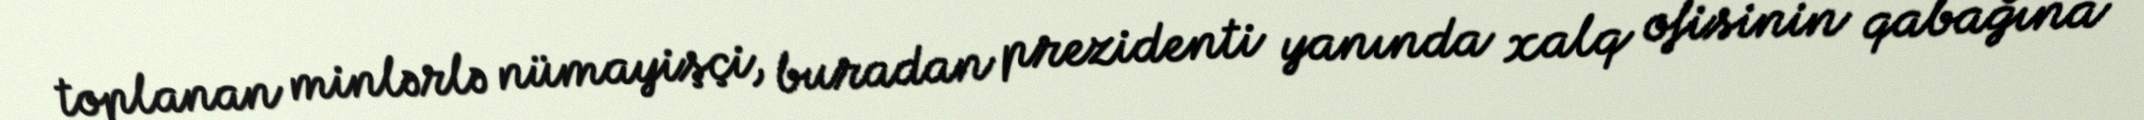
toplanan minlərlə nümayişçi, buradan prezidenti yanında xalq ofisinin qabağına